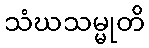
သံဃသမ္မုတိ